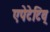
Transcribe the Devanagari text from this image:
एपेटेटिव्